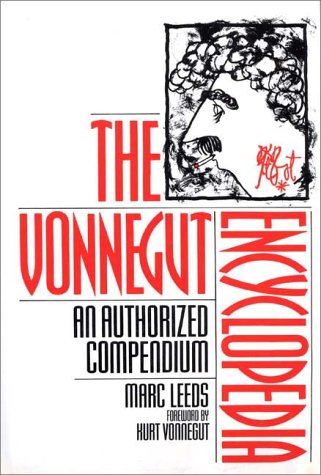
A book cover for The Vonnegut Encyclopedia: An Authorized Compendium; Marc Leeds; Reference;